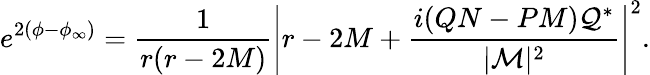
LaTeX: e^{2\left(\phi-\phi_{\infty}\right)}=\frac{1}{r(r-2M)}\left|r-2M+\frac{i(QN-PM){\cal Q}^{*}}{|{\cal M}|^{2}}\right|^{2}.